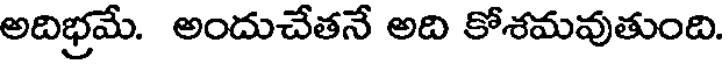
అదిభ్రమే. అందుచేతనే అది కోశమవుతుంది.